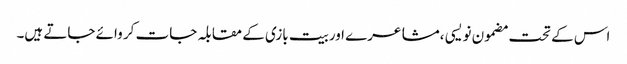
اس کے تحت مضمون نویسی ،مشاعرے اوربیت بازی کے مقابلہ جات کر وائے جاتے ہیں۔